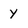
Character: y